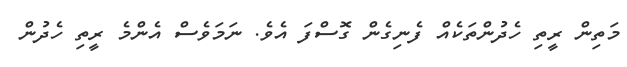
މަތިން ރީތި ހެދުންތަކެއް ފެނިގެން ގޮސްފަ އެވެ. ނަމަވެސް އެންމެ ރީތި ހެދުން